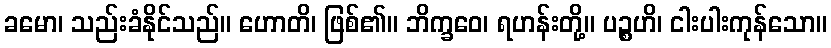
ခမော၊ သည်းခံနိုင်သည်။ ဟောတိ၊ ဖြစ်၏။ ဘိက္ခဝေ၊ ရဟန်းတို့။ ပဉ္စဟိ၊ ငါးပါးကုန်သော။